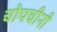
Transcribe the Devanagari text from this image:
चोपचीनी